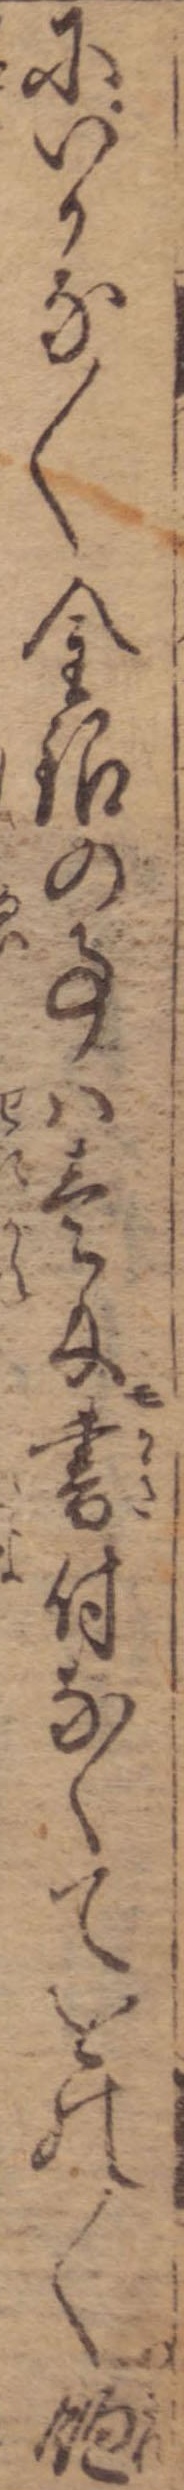
にいかな〱金銀の事は壱匁モ書付なくてをの〱飽